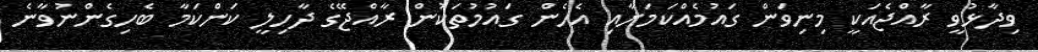
ވިދާޅުވީ ރާއްޖެއަކީ މިނިވަން ގައުމެއްކަމަށާއި އެހެން ގައުމުތަކުން ރާއްޖޭގެ ދާހިލީ ކަންކަމާ ބެހިގެންނުވާނެ